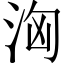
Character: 洶